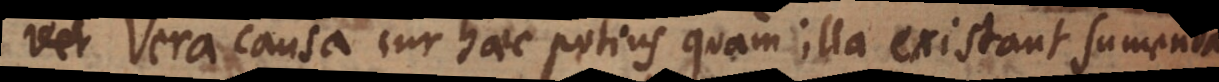
v: Vera causa cur haec potius quam illa existant sumenda